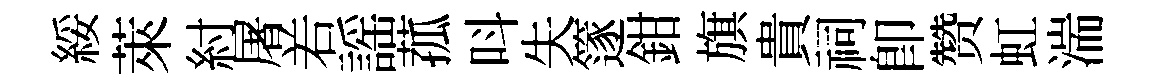
綏萊紂屠𠰥謡菰呌失篴鉗旗貴祠即赞虹湍